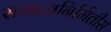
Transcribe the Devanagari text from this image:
समाजनिर्मितीस